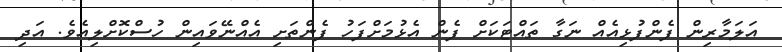
އަލަމާރިން ފެންފުޅިއެއް ނަގާ ތައްޓަކަށް ފެން އެޅުމަށްފަހު ފެންތަށި އެއްނޭވައިން ހުސްކޮށްލިއެވެ. އަދި